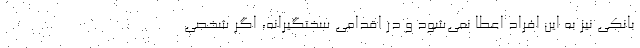
بانکی نیز به این افراد اعطا نمی‌شود و در اقدامی سختگیرانه، اگر شخصی